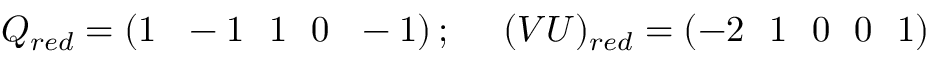
Q _ { r e d } = \left( 1 ~ ~ - 1 ~ ~ 1 ~ ~ 0 ~ ~ - 1 \right) ; ~ ~ ~ ~ ( V U ) _ { r e d } = \left( - 2 ~ ~ 1 ~ ~ 0 ~ ~ 0 ~ ~ 1 \right)